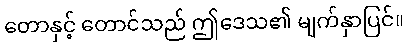
တောနှင့် တောင်သည် ဤဒေသ၏ မျက်နှာပြင်။